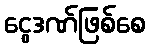
ငွေဒဏ်ဖြစ်စေ